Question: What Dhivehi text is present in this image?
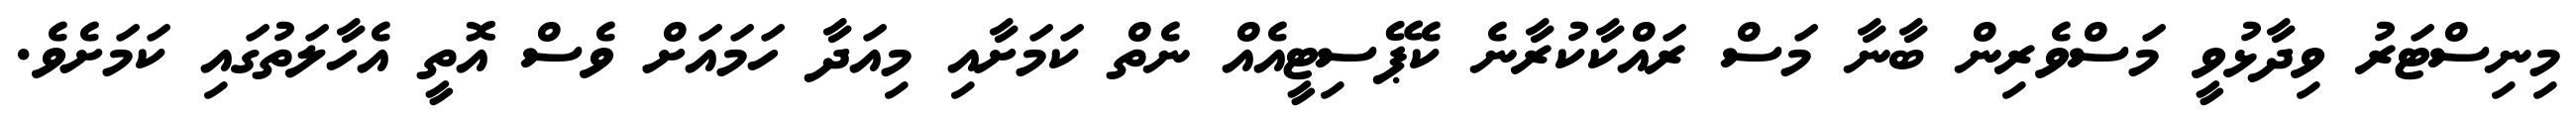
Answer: މިނިސްޓަރު ވިދާޅުވީ މަސްވެރިން ބާނާ މަސް ރައްކާކުރާނެ ކެޕޭސިޓީއެއް ނެތް ކަމަށާއި މިއަދާ ހަމައަށް ވެސް އޮތީ އެހާލަތުގައި ކަމަށެވެ.